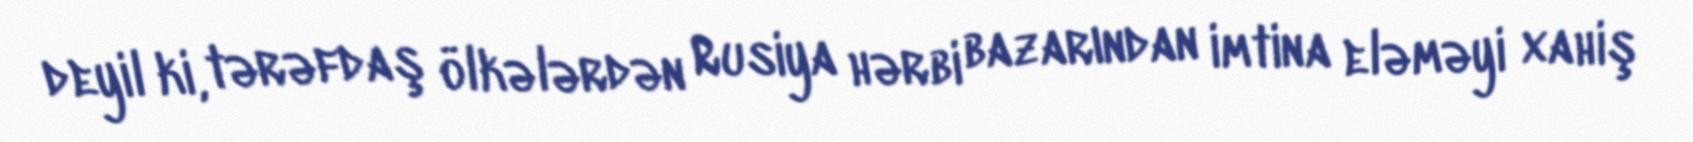
deyil ki, tərəfdaş ölkələrdən Rusiya hərbi bazarından imtina eləməyi xahiş